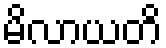
မိလာယတိ